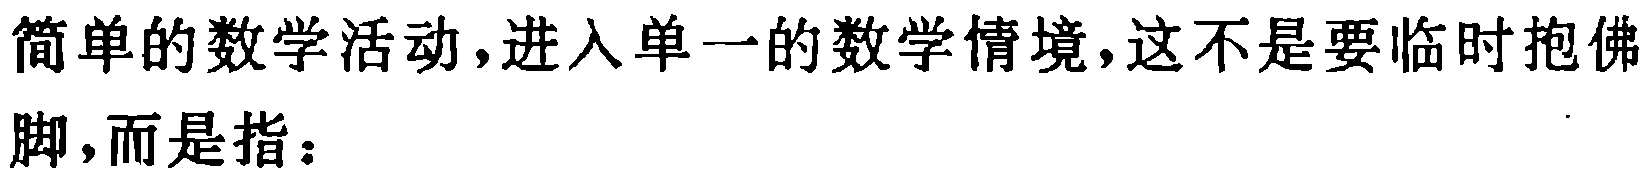
简单的数学活动,进入单一的数学情境,这不是要临时抱佛脚,而是指：